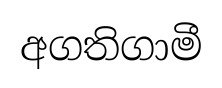
අගතිගාමී